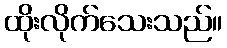
ထိုးလိုက်သေးသည်။